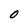
Character: 0